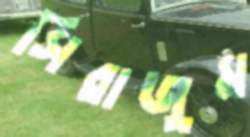
সিরাজুম